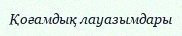
Қоғамдық лауазымдары